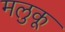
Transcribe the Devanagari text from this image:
मलुकू